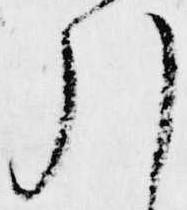
引